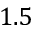
1 . 5